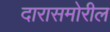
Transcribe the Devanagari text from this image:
दारासमोरील